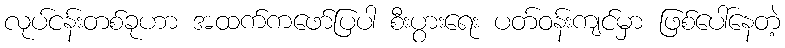
လုပ်ငန်းတစ်ခုဟာ အထက်ကဖော်ပြပါ စီးပွားရေး ပတ်ဝန်းကျင်မှာ ဖြစ်ပေါ်နေတဲ့